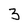
Character: 3